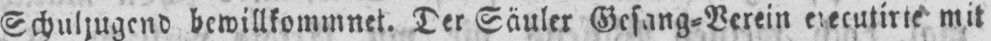
Schuljugend bewillkommnet. Der Säuler Gesang⸗Verein executirte mit